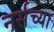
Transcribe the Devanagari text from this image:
नर्सच्या